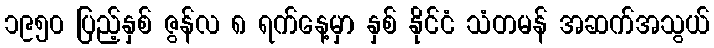
၁၉၅၀ ပြည့်နှစ် ဇွန်လ ၈ ရက်နေ့မှာ နှစ် နိုင်ငံ သံတမန် အဆက်အသွယ်